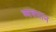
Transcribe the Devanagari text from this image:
व्‍यवधान